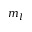
m _ { l }